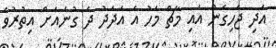
އަދި ޖެހިގެން އައި މާޗް މަހު އެ އަދަދު ދެ ގުނައަށް އިތުރުވެ